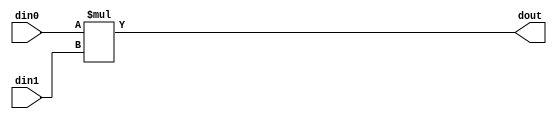
// ==============================================================
// Vitis HLS - High-Level Synthesis from C, C++ and OpenCL v2020.3 (64-bit)
// Copyright 1986-2021 Xilinx, Inc. All Rights Reserved.
// ==============================================================

`timescale 1 ns / 1 ps

module inPlaceNTT_DIT_mul_43ns_36ns_79_1_1(din0, din1, dout);
parameter ID = 1;
parameter NUM_STAGE = 0;
parameter din0_WIDTH = 43;
parameter din1_WIDTH = 36;
parameter dout_WIDTH = 79;
input [din0_WIDTH - 1 : 0] din0; 
input [din1_WIDTH - 1 : 0] din1; 
output [dout_WIDTH - 1 : 0] dout;

assign dout = $signed({1'b0, din0}) * $signed({1'b0, din1});
endmodule